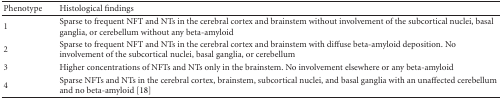
<table><thead><tr><td><b>Phenotype</b></td><td><b>Histological findings</b></td></tr></thead><tbody><tr><td>1</td><td>Sparse to frequent NFT and NTs in the cerebral cortex and brainstem without involvement of the subcortical nuclei, basal ganglia, or cerebellum without any beta-amyloid</td></tr><tr><td>2</td><td>Sparse to frequent NFT and NTs in the cerebral cortex and brainstem with diffuse beta-amyloid deposition. No involvement of the subcortical nuclei, basal ganglia, or cerebellum</td></tr><tr><td>3</td><td>Higher concentrations of NFTs and NTs only in the brainstem. No involvement elsewhere or any beta-amyloid</td></tr><tr><td>4</td><td>Sparse NFTs and NTs in the cerebral cortex, brainstem, subcortical nuclei, and basal ganglia with an unaffected cerebellum and no beta-amyloid [18]</td></tr></tbody></table>